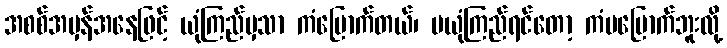
အစစ်အမှန်အနေဖြင့် ယုံကြည်မှသာ ကံမြောက်တယ်၊ မယုံကြည်ရင်တော့ ကံမမြောက်ဘူးလို့